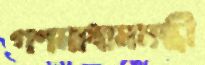
গণমাধ্যমমন্ত্রী